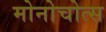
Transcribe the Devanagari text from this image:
मोनोचोत्स